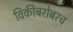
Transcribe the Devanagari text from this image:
विकीबरोबरच